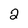
Character: 2